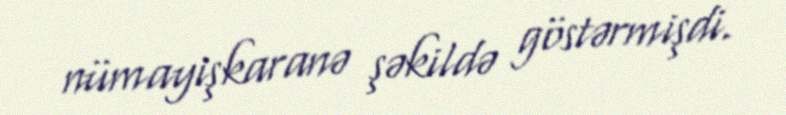
nümayişkaranə şəkildə göstərmişdi.